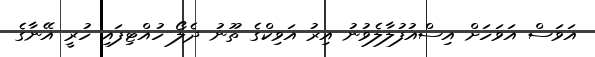
އަވަސް އަވަހަށް އިސްއުފުލާލެވުނު އިރު އަވިކްގެ ތޫނު ދެލޯ ހުއްޓިފައި ހުރީ އޭނާގެ